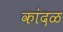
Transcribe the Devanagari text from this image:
कांदळ